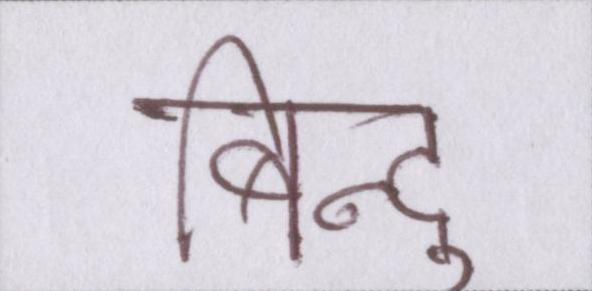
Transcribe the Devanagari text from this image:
बिन्दु